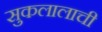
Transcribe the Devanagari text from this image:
सुकलालाची